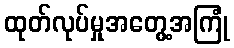
ထုတ်လုပ်မှုအတွေ့အကြုံ